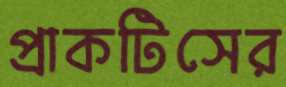
প্রাকটিসের